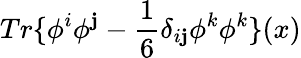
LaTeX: Tr\{ \phi^{i}\phi^{\mathbf{j}}-\frac{{1}}{{6}}\delta_{i\mathbf{j}}\phi^{k}\phi^{k}\} (x)